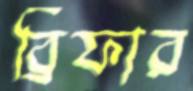
ব্রিফার